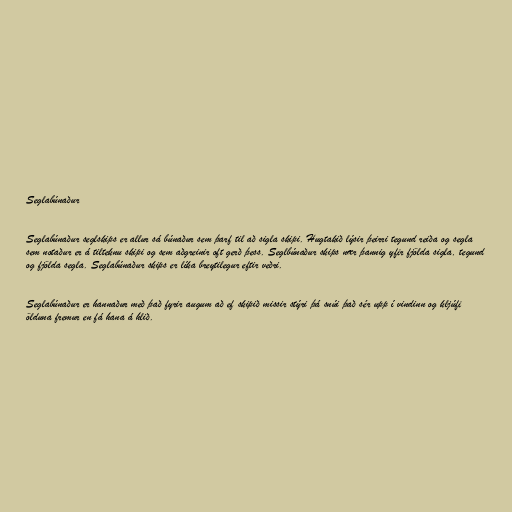
Seglabúnaður

Seglabúnaður seglskips er allur sá búnaður sem þarf til að sigla skipi. Hugtakið lýsir þeirri tegund reiða og segla
sem notaður er á tilteknu skipi og sem aðgreinir oft gerð þess. Seglbúnaður skips nær þannig yfir fjölda sigla, tegund
og fjölda segla. Seglabúnaður skips er líka breytilegur eftir veðri.

Seglabúnaður er hannaður með það fyrir augum að ef skipið missir stýri þá snúi það sér upp í vindinn og kljúfi
ölduna fremur en fá hana á hlið.